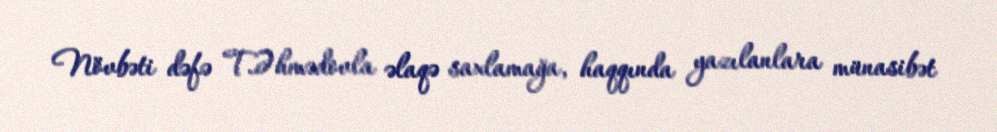
Növbəti dəfə T.Əhmədovla əlaqə saxlamağa, haqqında yazılanlara münasibət